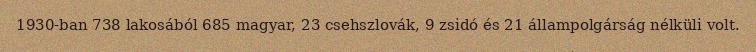
1930-ban 738 lakosából 685 magyar, 23 csehszlovák, 9 zsidó és 21 állampolgárság nélküli volt.